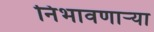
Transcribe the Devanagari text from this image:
निभावणाऱ्या